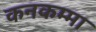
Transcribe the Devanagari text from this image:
कनकम्मा